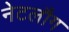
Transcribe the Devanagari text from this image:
नेटलौग